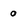
Character: 0